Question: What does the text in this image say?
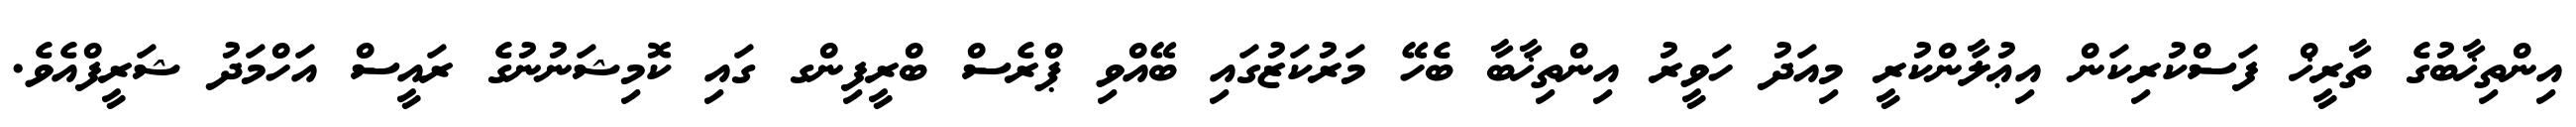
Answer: އިންތިޚާބުގެ ތާރީޚް ފަސްކުރިކަން އިޢުލާންކުރީ މިއަދު ހަވީރު އިންތިޚާބާ ބެހޭ މަރުކަޒުގައި ބޭއްވި ޕްރެސް ބްރީފިންގ ގައި ކޮމިޝަނުނުގެ ރައީސް އަހްމަދު ޝަރީފްއެވެ.